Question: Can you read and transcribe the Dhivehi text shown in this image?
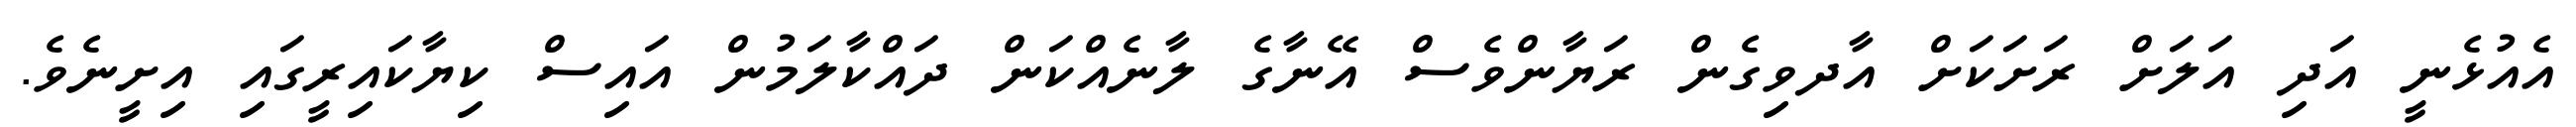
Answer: އެއުޅެނީ އަދި އަލަށް ރަށަކަށް އާދވިގެން ރަޔާންވެސް އޭނާގެ ލާނެއްކަން ދައްކާލަމުން އައިސް ކިޔާކައިރީގައި އިށީނެވެ.